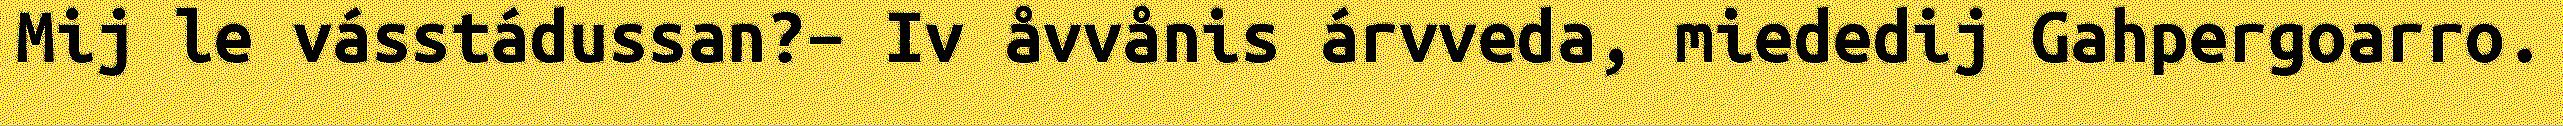
Mij le vásstádussan?– Iv åvvånis árvveda, miededij Gahpergoarro.